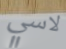
لاسي